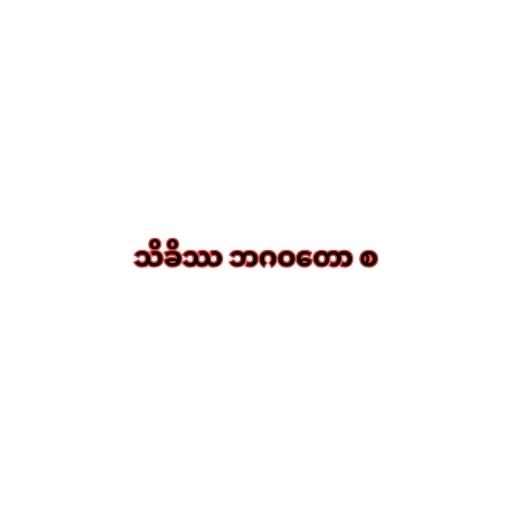
သိခိဿ ဘဂဝတော စ